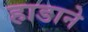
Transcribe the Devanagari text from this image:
हाडाने